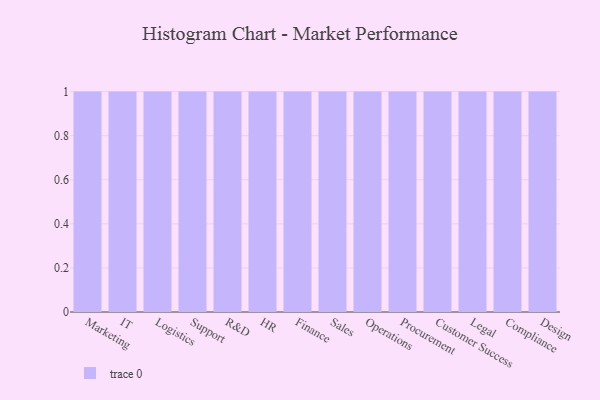
{"axis": {"x": "Department", "y": "Gross Profit (USD K)"}, "legend": [""], "data": [{"x": "Marketing", "y": 77, "type": ""}, {"x": "IT", "y": 49, "type": ""}, {"x": "Logistics", "y": 21, "type": ""}, {"x": "Support", "y": 36, "type": ""}, {"x": "R&D", "y": 65, "type": ""}, {"x": "HR", "y": 10, "type": ""}, {"x": "Finance", "y": 19, "type": ""}, {"x": "Sales", "y": 53, "type": ""}, {"x": "Operations", "y": 44, "type": ""}, {"x": "Procurement", "y": 34, "type": ""}, {"x": "Customer Success", "y": 88, "type": ""}, {"x": "Legal", "y": 70, "type": ""}, {"x": "Compliance", "y": 80, "type": ""}, {"x": "Design", "y": 95, "type": ""}]}